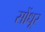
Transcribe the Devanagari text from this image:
सोंधूर